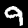
Label: 9